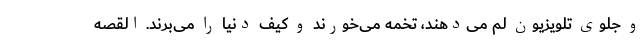
و جلوی تلویزیون لم می‌دهند، تخمه می‌خورند و کیف دنیا را می‌برند. القصه